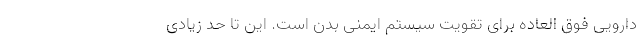
دارویی فوق العاده برای تقویت سیستم ایمنی بدن است. این تا حد زیادی